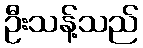
ဦးသန့်သည်